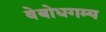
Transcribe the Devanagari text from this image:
वेबोधगम्य